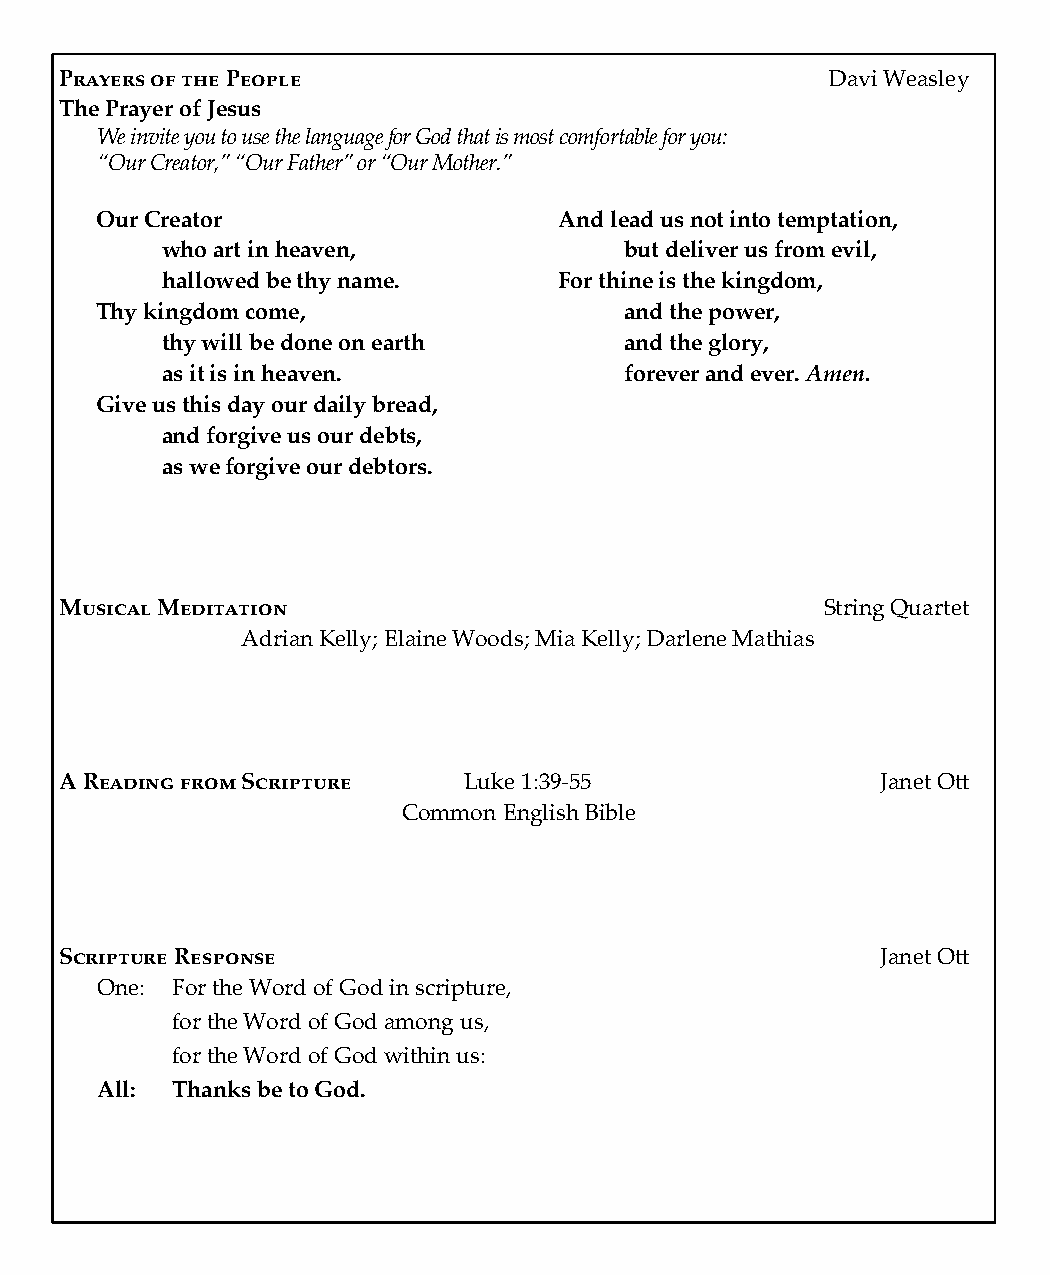
Prayers of the People                              Davi Weasley
 The Prayer of Jesus
 We invite you to use the language for God that is most comfortable for you:
 “Our Creator,” “Our Father” or “Our Mother.”
 Our Creator                    And lead us not into temptation,
 who art in heaven,            but deliver us from evil,
 hallowed be thy name.     For thine is the kingdom,
 Thy kingdom come,                  and the power,
 thy will be done on earth     and the glory,
 as it is in heaven.           forever and ever. Amen.
 Give us this day our daily bread,
 and forgive us our debts,
 as we forgive our debtors.
 Musical Meditation                                 String Quartet
 Adrian Kelly; Elaine Woods; Mia Kelly; Darlene Mathias
 A Reading from Scripture   Luke 1:39-55               Janet Ott
 Common English Bible
 Scripture Response                                    Janet Ott
 One: For the Word of God in scripture,
 for the Word of God among us,
 for the Word of God within us:
 All: Thanks be to God.